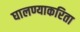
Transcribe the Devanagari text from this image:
घालण्याकरिता